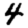
Digit: 4